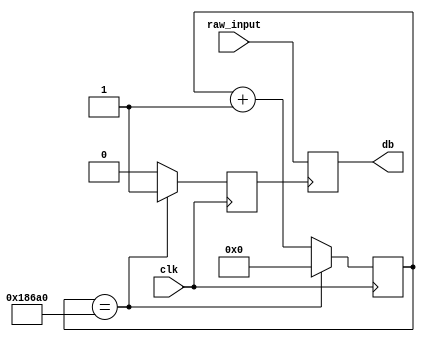
`timescale 1ns / 1ps
//////////////////////////////////////////////////////////////////////////////////
// Company: 
// Engineer: 
// 
// Design Name: 
// Module Name:    db_mode 
// Project Name: 
// Target Devices: 
// Tool versions: 
// Description: 
//
// Dependencies: 
//
// Revision: 
// Revision 0.01 - File Created
// Additional Comments: 
//
//////////////////////////////////////////////////////////////////////////////////
module db_mode(
    input clk,
    input raw_input,
    output reg db
    );

	reg [31:0] counter = 0;
	reg clk_en = 0;
	
	always @ (posedge clk) 
	begin
		if (counter == 100000) 
		begin
			counter <= 0;
			clk_en <= 1;
		end 
		else 
		begin
			counter <= counter + 1;
			clk_en <= 0;
		end
	end
	
	always @ (posedge clk_en) 
	begin
		db <= raw_input;
	end

endmodule